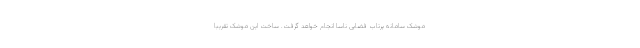
موشک سامانه پرتاب فضایی ناسا انجام خواهد گرفت. ساخت این موشک تقریبا